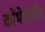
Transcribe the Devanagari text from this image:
कोंभेवाडीत